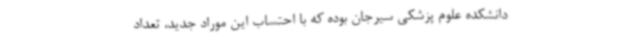
دانشکده علوم پزشکی سیرجان بوده که با احتساب این موراد جدید، تعداد